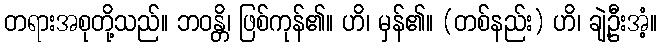
တရားအစုတို့သည်။ ဘဝန္တိ၊ ဖြစ်ကုန်၏။ ဟိ၊ မှန်၏။ (တစ်နည်း) ဟိ၊ ချဲ့ဦးအံ့။